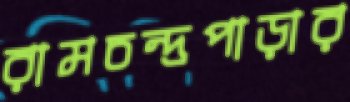
রামচন্দ্রপাড়ার